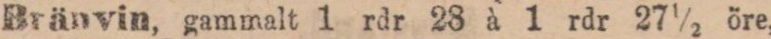
Bränvin, gammalt 1 rdr 28 à 1 rdr 27½ öre,